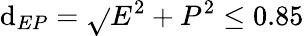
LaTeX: \mathrm{d}_{EP}=\sqrt{}{{E^{2}+P^{2}}}\leq0.85